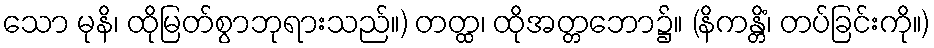
သော မုနိ၊ ထိုမြတ်စွာဘုရားသည်။) တတ္ထ၊ ထိုအတ္တဘော၌။ (နိကန္တိံ၊ တပ်ခြင်းကို။)